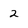
Character: 2